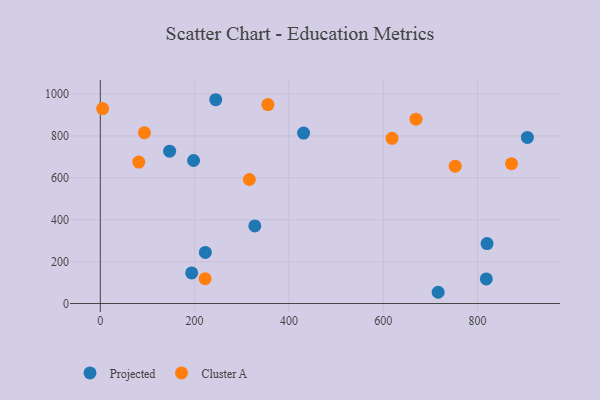
{"axis": {"x": "Study Hours", "y": "Yield"}, "legend": ["Cluster A", "Projected"], "data": [{"x": "244.8", "y": 972.9, "type": "Projected"}, {"x": "818.7", "y": 117.4, "type": "Projected"}, {"x": "197.8", "y": 682.8, "type": "Projected"}, {"x": "716.6", "y": 53.7, "type": "Projected"}, {"x": "222.8", "y": 244.1, "type": "Projected"}, {"x": "905.8", "y": 792.7, "type": "Projected"}, {"x": "431.1", "y": 813.5, "type": "Projected"}, {"x": "193.8", "y": 146.3, "type": "Projected"}, {"x": "820.3", "y": 286.2, "type": "Projected"}, {"x": "147.0", "y": 727.1, "type": "Projected"}, {"x": "327.7", "y": 370.3, "type": "Projected"}, {"x": "222.3", "y": 118.4, "type": "Cluster A"}, {"x": "93.6", "y": 815.4, "type": "Cluster A"}, {"x": "872.1", "y": 667.5, "type": "Cluster A"}, {"x": "81.5", "y": 675.1, "type": "Cluster A"}, {"x": "618.8", "y": 788.5, "type": "Cluster A"}, {"x": "316.1", "y": 592.0, "type": "Cluster A"}, {"x": "669.5", "y": 880.1, "type": "Cluster A"}, {"x": "752.7", "y": 655.6, "type": "Cluster A"}, {"x": "4.9", "y": 930.5, "type": "Cluster A"}, {"x": "355.5", "y": 949.9, "type": "Cluster A"}]}